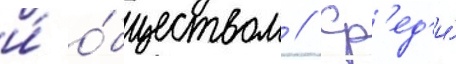
и́ о́бществом // Ср'ед'и́